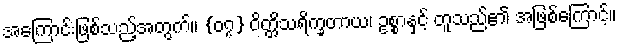
အကြောင်းဖြစ်သည့်အတွက်။ {၀၇} ဝိတ္တိသရိက္ခတာယ၊ ဥစ္စာနှင့် တူသည်၏ အဖြစ်ကြောင့်။